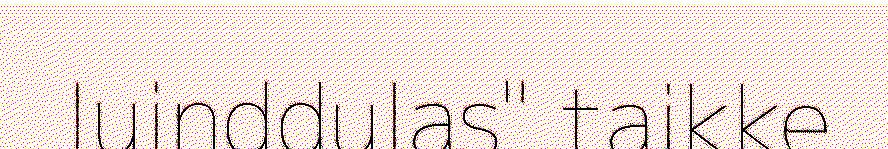
Iuinddulas" taikke